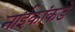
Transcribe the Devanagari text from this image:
नाईकांकडे